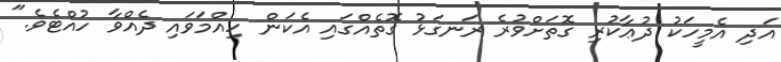
އަދި އެމީހަކު ދުޢާކުރި ގޮތަށްވުރެ ރަނގަޅު ގޮތެއްގައި އެކަން ހިއްމަވައި ދެއްވާ ހުއްޓެވެ."